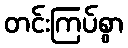
တင်းကြပ်စွာ